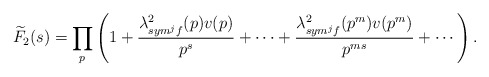
\begin{align*}\widetilde{F}_{2}(s)=\prod_{p}^{} \left(1+\frac{\lambda^{2}_{sym^{j}f}(p)v(p)}{p^{s}}+\cdots+\frac{\lambda^{2}_{sym^{j}f}(p^{m})v(p^{m})}{p^{ms}}+\cdots\right).\end{align*}